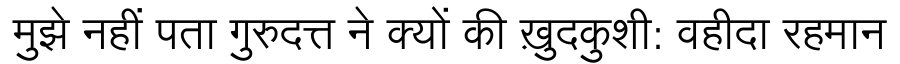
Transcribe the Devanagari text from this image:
मुझे नहीं पता गुरुदत्त ने क्यों की ख़ुदकुशी: वहीदा रहमान